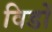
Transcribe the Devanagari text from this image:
विडों